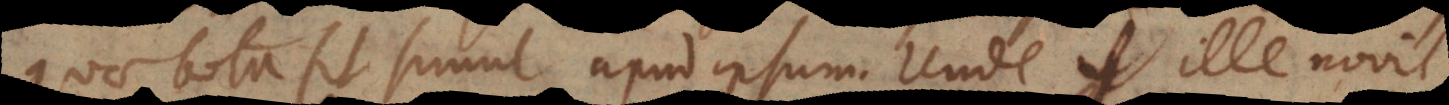
quae tota fit simul apud ipsum. Unde ille novit